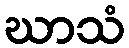
ဃာသံ